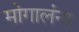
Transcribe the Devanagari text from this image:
मोगालंना